Insane asylums Bombay 1873-77 - 1873-1877
Year: 1873
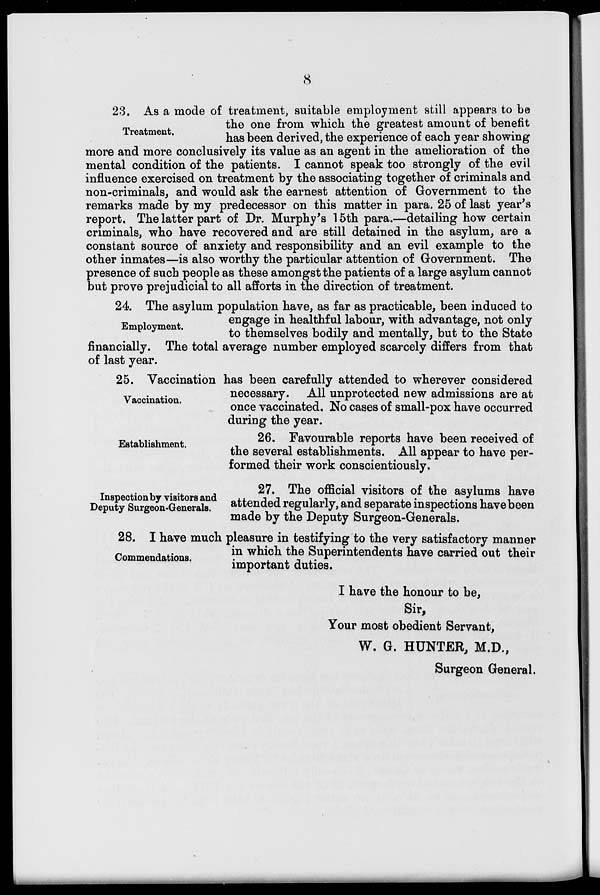
8
Treatment.
23. As a mode of treatment, suitable employment still appears to be
the one from which the greatest amount of benefit
has been derived, the experience of each year showing
more and more conclusively its value as an agent in the amelioration of the
mental condition of the patients. I cannot speak too strongly of the evil
influence exercised on treatment by the associating together of criminals and
non-criminals, and would ask the earnest attention of Government to the
remarks made by my predecessor on this matter in para. 25 of last year's
report. The latter part of Dr. Murphy's 15th para.—detailing how certain
criminals, who have recovered and are still detained in the asylum, are a
constant source of anxiety and responsibility and an evil example to the
other inmates—is also worthy the particular attention of Government. The
presence of such people as these amongst the patients of a large asylum cannot
but prove prejudicial to all afforts in the direction of treatment.
Employment.
24. The asylum population have, as far as practicable, been induced to
engage in healthful labour, with advantage, not only
to themselves bodily and mentally, but to the State
financially. The total average number employed scarcely differs from that
of last year.
Vaccination.
25. Vaccination has been carefully attended to wherever considered
necessary. All unprotected new admissions are at
once vaccinated. No cases of small-pox have occurred
during the year.
Establishment.
26. Favourable reports have been received of
the several establishments. All appear to have per-
formed their work conscientiously.
Inspection by visitors and
Deputy Surgeon-Generals.
27. The official visitors of the asylums have
attended regularly, and separate inspections have been
made by the Deputy Surgeon-Generals.
Commendations.
28. I have much pleasure in testifying to the very satisfactory manner
in which the Superintendents have carried out their
important duties.
I have the honour to be,
Sir,
Your most obedient Servant,
W. G. HUNTER, M.D.,
Surgeon General.